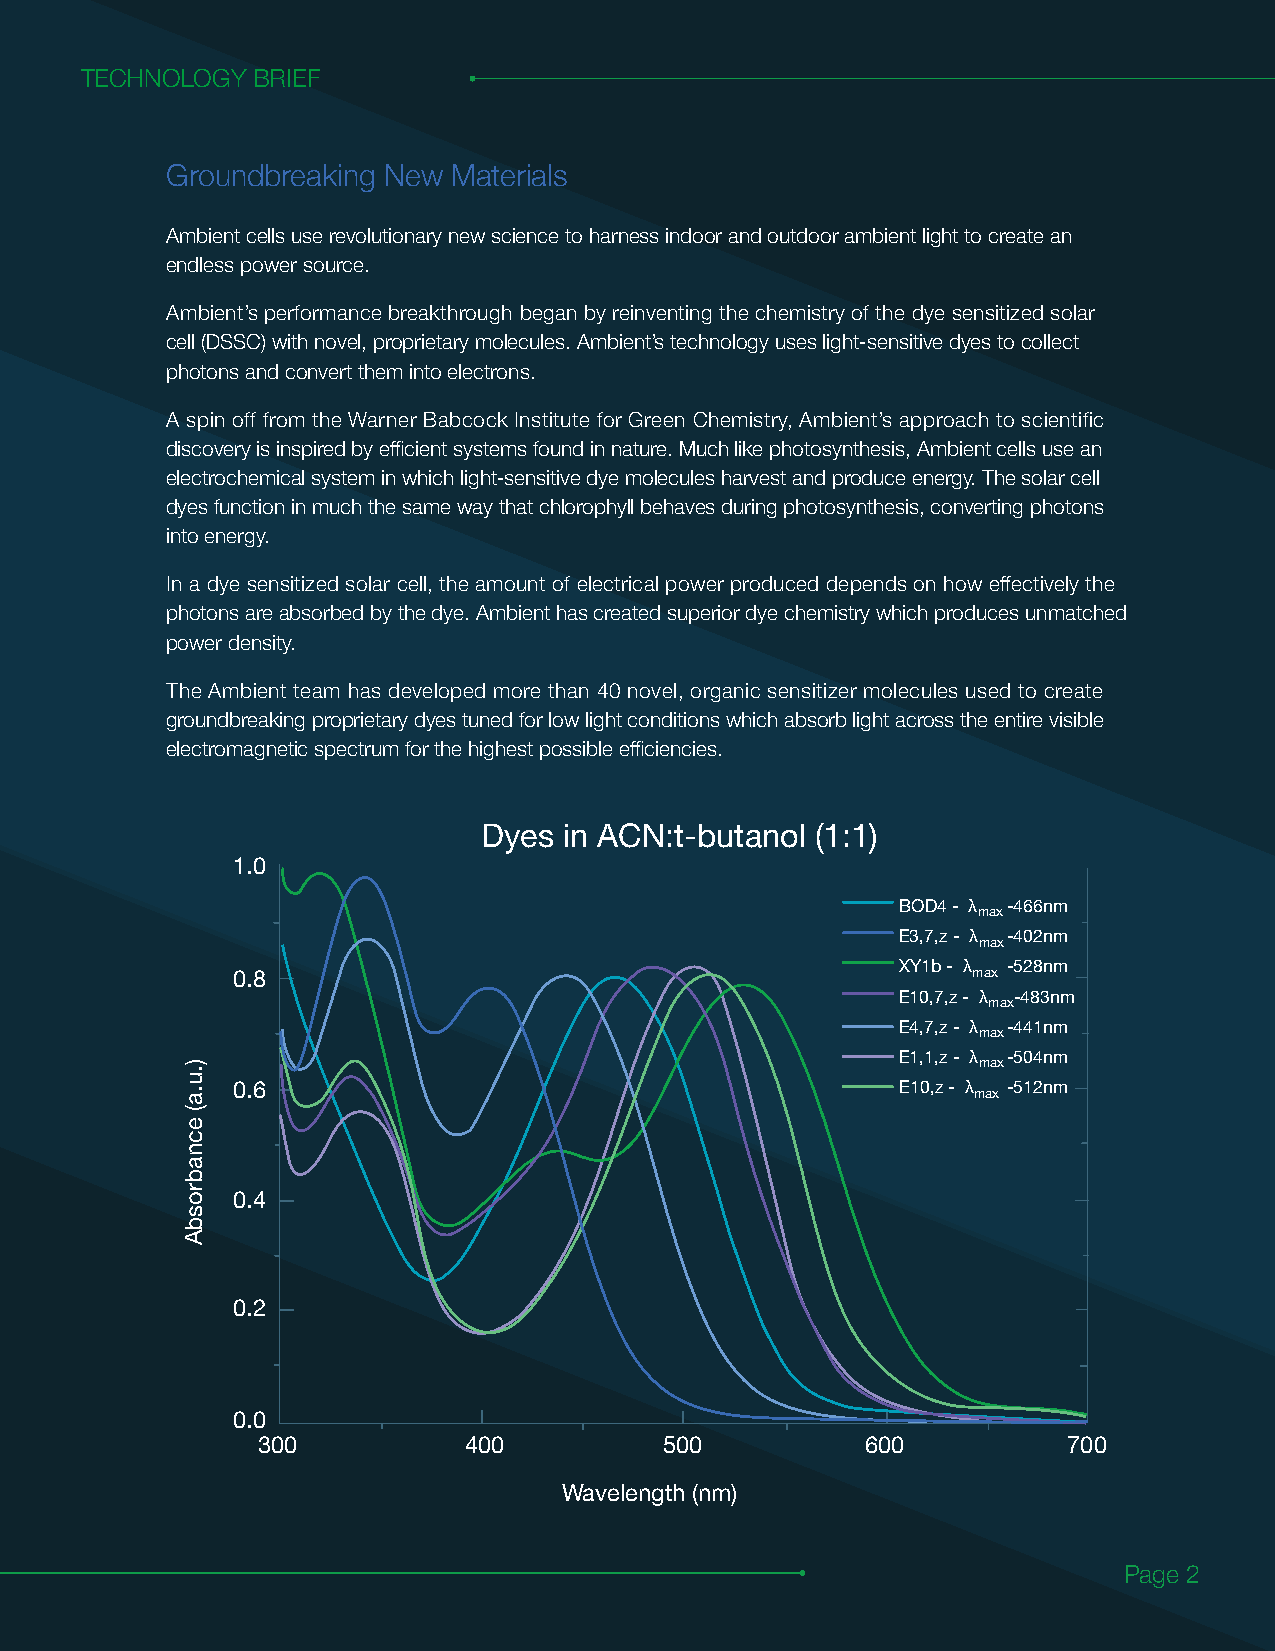
TTEECCHHNNOOLLOOGGYY BBRRIIEEFF
 Groundbreaking New Materials
 Ambient cells use revolutionary new science to harness indoor and outdoor ambient light to create an
 endless power source.
 Ambient’s performance breakthrough began by reinventing the chemistry of the dye sensitized solar
 cell (DSSC) with novel, proprietary molecules. Ambient’s technology uses light-sensitive dyes to collect
 photons and convert them into electrons.
 A spin off from the Warner Babcock Institute for Green Chemistry, Ambient’s approach to scientific
 discovery is inspired by efficient systems found in nature. Much like photosynthesis, Ambient cells use an
 electrochemical system in which light-sensitive dye molecules harvest and produce energy. The solar cell
 dyes function in much the same way that chlorophyll behaves during photosynthesis, converting photons
 into energy.
 In a dye sensitized solar cell, the amount of electrical power produced depends on how effectively the
 photons are absorbed by the dye. Ambient has created superior dye chemistry which produces unmatched
 power density.
 The Ambient team has developed more than 40 novel, organic sensitizer molecules used to create
 groundbreaking proprietary dyes tuned for low light conditions which absorb light across the entire visible
 electromagnetic spectrum for the highest possible efficiencies.
 Dyes in ACN:t-butanol (1:1)
 1.0
 BOD4 - λ -466nm
 max
 E3,7,z - λ -402nm
 max
 XY1b - λ -528nm
 0.8                                              max
 E10,7,z - λ -483nm
 max
 E4,7,z - λ -441nm
 max
 E1,1,z - λ -504nm max
 0.6                                          E10,z - λ max -512nm
 0.4
 0.2
 0.0
 300           400          500          600           700
 Wavelength (nm)
 Page 2
 ).u.a(
 ecnabrosbA